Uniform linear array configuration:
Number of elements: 16
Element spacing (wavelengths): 0.5
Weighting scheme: cosine
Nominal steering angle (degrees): -15
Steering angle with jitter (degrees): -16.287
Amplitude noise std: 0.05
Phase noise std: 0.05

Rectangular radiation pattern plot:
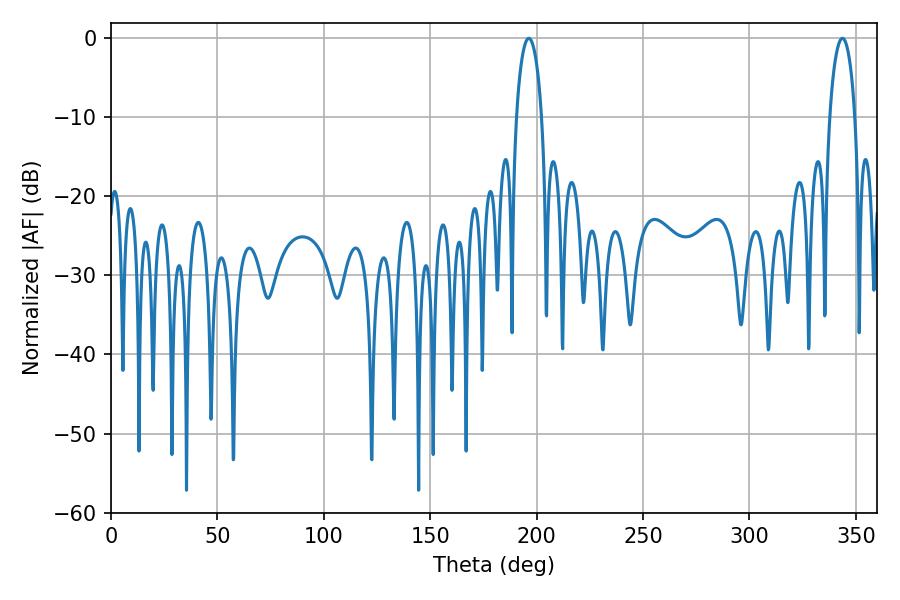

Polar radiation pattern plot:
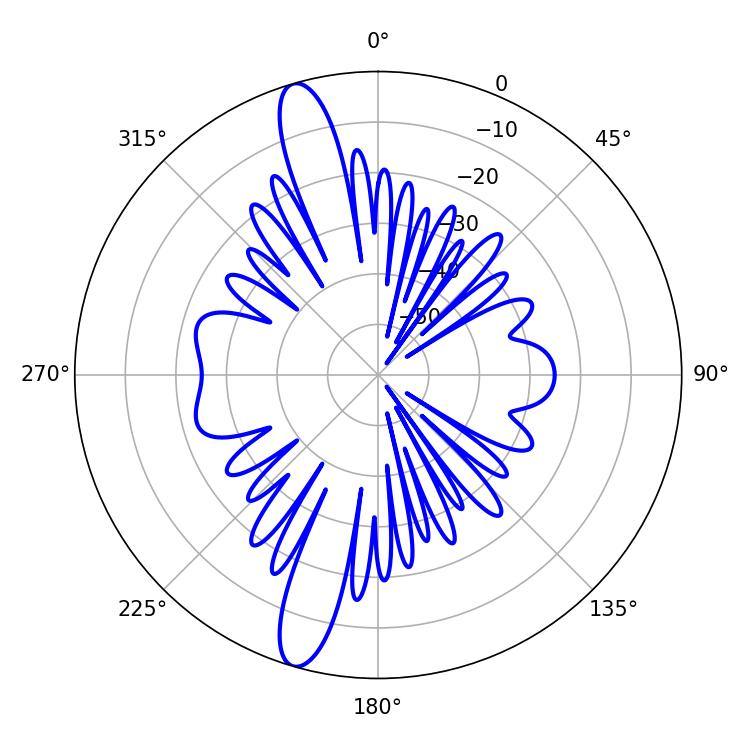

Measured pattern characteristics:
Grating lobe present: FALSE
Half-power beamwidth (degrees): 6.84
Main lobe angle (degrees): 196.38